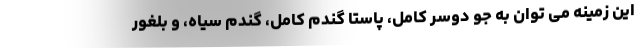
این زمینه می توان به جو دوسر کامل، پاستا گندم کامل، گندم سیاه، و بلغور